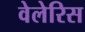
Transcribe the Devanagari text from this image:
वेलेरिस